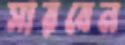
সারবেন